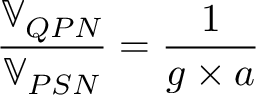
\frac { \mathbb { V } _ { Q P N } } { \mathbb { V } _ { P S N } } = \frac { 1 } { g \times a }